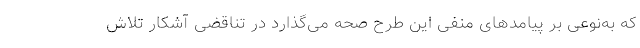
که به‌نوعی بر پیامدهای منفی این طرح صحه می‌گذارد در تناقضی آشکار تلاش